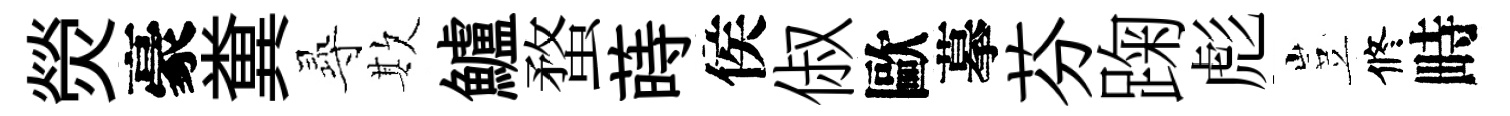
熒豪糞𡬶欺鱸蝥蒔侯俶歐摹芬踘彪豈修畤